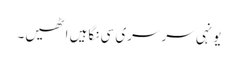
یونہی سرسری سی نگاہیں اٹھیں۔